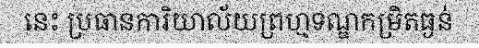
នេះ ប្រធានការិយាល័យព្រហ្មទណ្ឌកម្រិតធ្ងន់